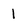
Character: l